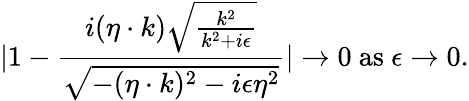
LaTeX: |1-{\frac{i(\eta\cdot k)\sqrt{{\frac{k^{2}}{k^{2}+i\epsilon}}}}{\sqrt{-(\eta\cdot k)^{2}-i\epsilon\eta^{2}}}}|\to 0\ \mathrm{as}\ \epsilon\to 0.